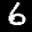
Label: 6